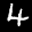
Label: 4